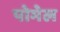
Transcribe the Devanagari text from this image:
पोमेल